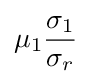
\mu _{1}{\frac {\sigma _{1}}{\sigma _{r}}}